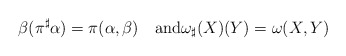
\begin{align*}\beta(\pi^{\sharp}\alpha)=\pi(\alpha,\beta)\quad\mathrm{and}\omega_{\sharp}(X)(Y)=\omega(X,Y)\end{align*}